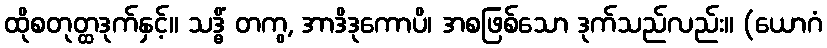
ထိုစတုတ္ထဒုက်နှင့်။ သဒ္ဓိံ တကွ, အာဒိဒုကောပိ၊ အစဖြစ်သော ဒုက်သည်လည်း။ (ယောဂံ